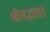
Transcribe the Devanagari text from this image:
श्रीमद्भागत